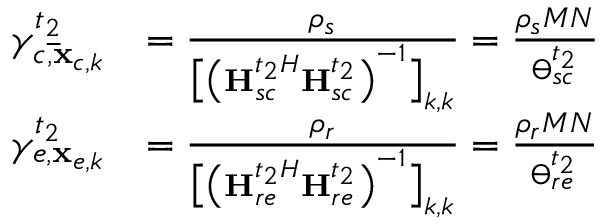
\begin{array} { r l } { \gamma _ { c , { { { \bf { \bar { x } } } } _ { c , k } } } ^ { { t _ { 2 } } } } & { = \frac { { { \rho _ { s } } } } { { { { \big [ { { \big ( { \bf { H } } { { _ { s c } ^ { { t _ { 2 } } H } } } { \bf { H } } _ { s c } ^ { { t _ { 2 } } } \big ) } ^ { - 1 } } \big ] } _ { k , k } } } } = \frac { { { \rho _ { s } } M N } } { { \varTheta _ { s c } ^ { { t _ { 2 } } } } } } \\ { \gamma _ { e , { { \bf { x } } _ { e , k } } } ^ { { t _ { 2 } } } } & { = \frac { { { \rho _ { r } } } } { { { { \big [ { { \big ( { \bf { H } } { { _ { r e } ^ { { t _ { 2 } } H } } } { \bf { H } } _ { r e } ^ { { t _ { 2 } } } \big ) } ^ { - 1 } } \big ] } _ { k , k } } } } = \frac { { { \rho _ { r } } M N } } { { \varTheta _ { r e } ^ { { t _ { 2 } } } } } } \end{array}